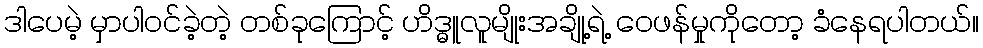
ဒါပေမဲ့ မှာပါဝင်ခဲ့တဲ့ တစ်ခုကြောင့် ဟိဒ္ဓူလူမျိုးအချို့ရဲ့ ဝေဖန်မှုကိုတော့ ခံနေရပါတယ်။